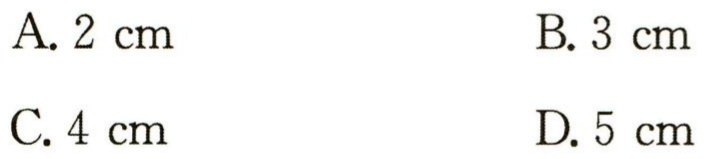
A. \(2\mathrm{cm}\)

B. \(3\mathrm{cm}\)

C. \(4\mathrm{cm}\)

D. \(5\mathrm{cm}\)